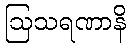
ဩသရဏာနိ